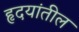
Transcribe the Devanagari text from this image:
हृदयांतील